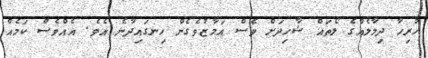
ހުރިހާ ދިމާލެއްގެ ލޯތައް ޝާހިދަށް ވެސް އަމާޒުވެގެން ހިނގައިދާނެ އެވެ. އެއްވެސް ކަމެއްް